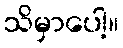
သိမှာပေါ့။